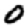
Digit: 0